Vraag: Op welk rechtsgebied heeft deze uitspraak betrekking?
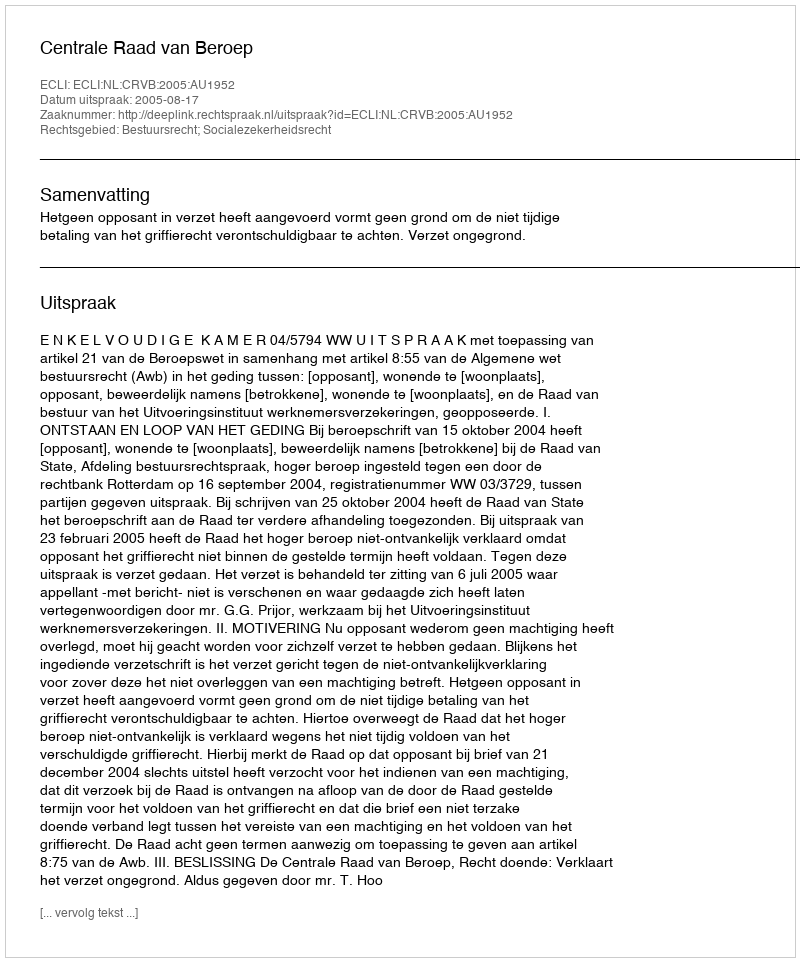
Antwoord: Bestuursrecht; Socialezekerheidsrecht